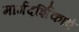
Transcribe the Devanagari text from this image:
मार्गदर्शिकाएं